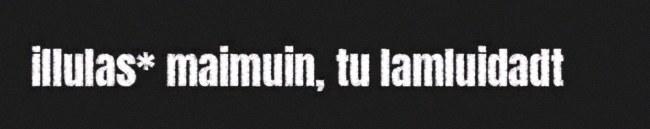
illulas* maimuin, tu lamluidadt